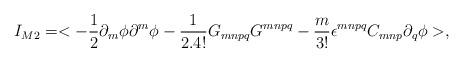
LaTeX: \begin{align*}I_{M2} = <-\frac{1}{2}\partial_m\phi\partial^m\phi -\frac{1}{2.4!}G_{mnpq}G^{mnpq} - \frac{m}{3!}\epsilon^{mnpq}C_{mnp}\partial_q\phi >,\end{align*}